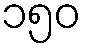
၁၅၀